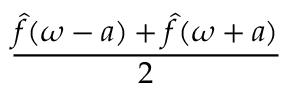
\frac { { \hat { f } } ( \omega - a ) + { \hat { f } } ( \omega + a ) } { 2 }